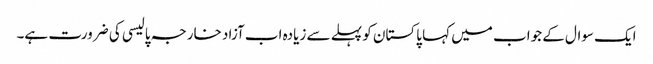
ایک سوال کے جواب میں کہا پاکستان کو پہلے سے زیادہ اب آزاد خارجہ پالیسی کی ضرورت ہے۔